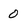
Character: O